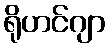
ရိုဟင်ဂျာ